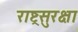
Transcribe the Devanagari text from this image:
राष्ट्रसुरक्षा